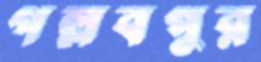
গল্লবপুর